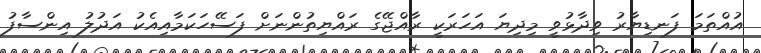
އުއްތަމަ ފަނޑިޔާރު ވިދާޅުވީ މިދިޔަ އަހަރަކީ ރާއްޖޭގެ ރައްޔިތުންނަށް ފަސޭހަކަމާއިއެކު އަދުލު އިންސާފު